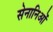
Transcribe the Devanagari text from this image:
सेनानिओं